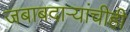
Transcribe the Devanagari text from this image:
जबाबदाऱ्यांचीही